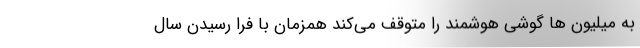
به میلیون ‌ها گوشی هوشمند را متوقف می‌کند همزمان با فرا رسیدن سال